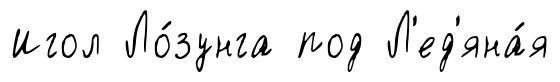
Игол Ло́зунга под Л'ед'яна́я